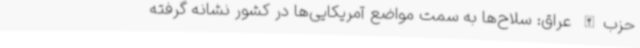
حزب‌الله عراق: سلاح‌ها به سمت مواضع آمریکایی‌ها در کشور نشانه گرفته